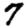
Digit: 7